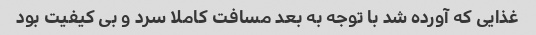
غذایی که آورده شد با توجه به بعد مسافت کاملا سرد و بی کیفیت بود